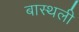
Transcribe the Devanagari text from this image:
बास्थली